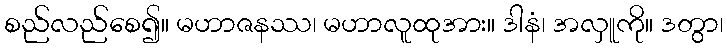
စည်လည်စေ၍။ မဟာဇနဿ၊ မဟာလူထုအား။ ဒါနံ၊ အလှူကို။ ဒတွာ၊